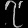
Digit: ၇